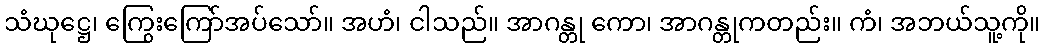
သံဃုဋ္ဌေ၊ ကြွေးကြော်အပ်သော်။ အဟံ၊ ငါသည်။ အာဂန္တု ကော၊ အာဂန္တုကတည်း။ ကံ၊ အဘယ်သူ့ကို။